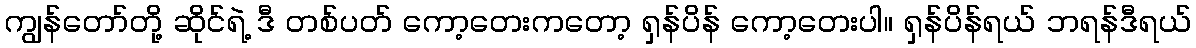
ကျွန်တော်တို့ ဆိုင်ရဲ့ ဒီ တစ်ပတ် ကော့တေးကတော့ ရှန်ပိန် ကော့တေးပါ။ ရှန်ပိန်ရယ် ဘရန်ဒီရယ်